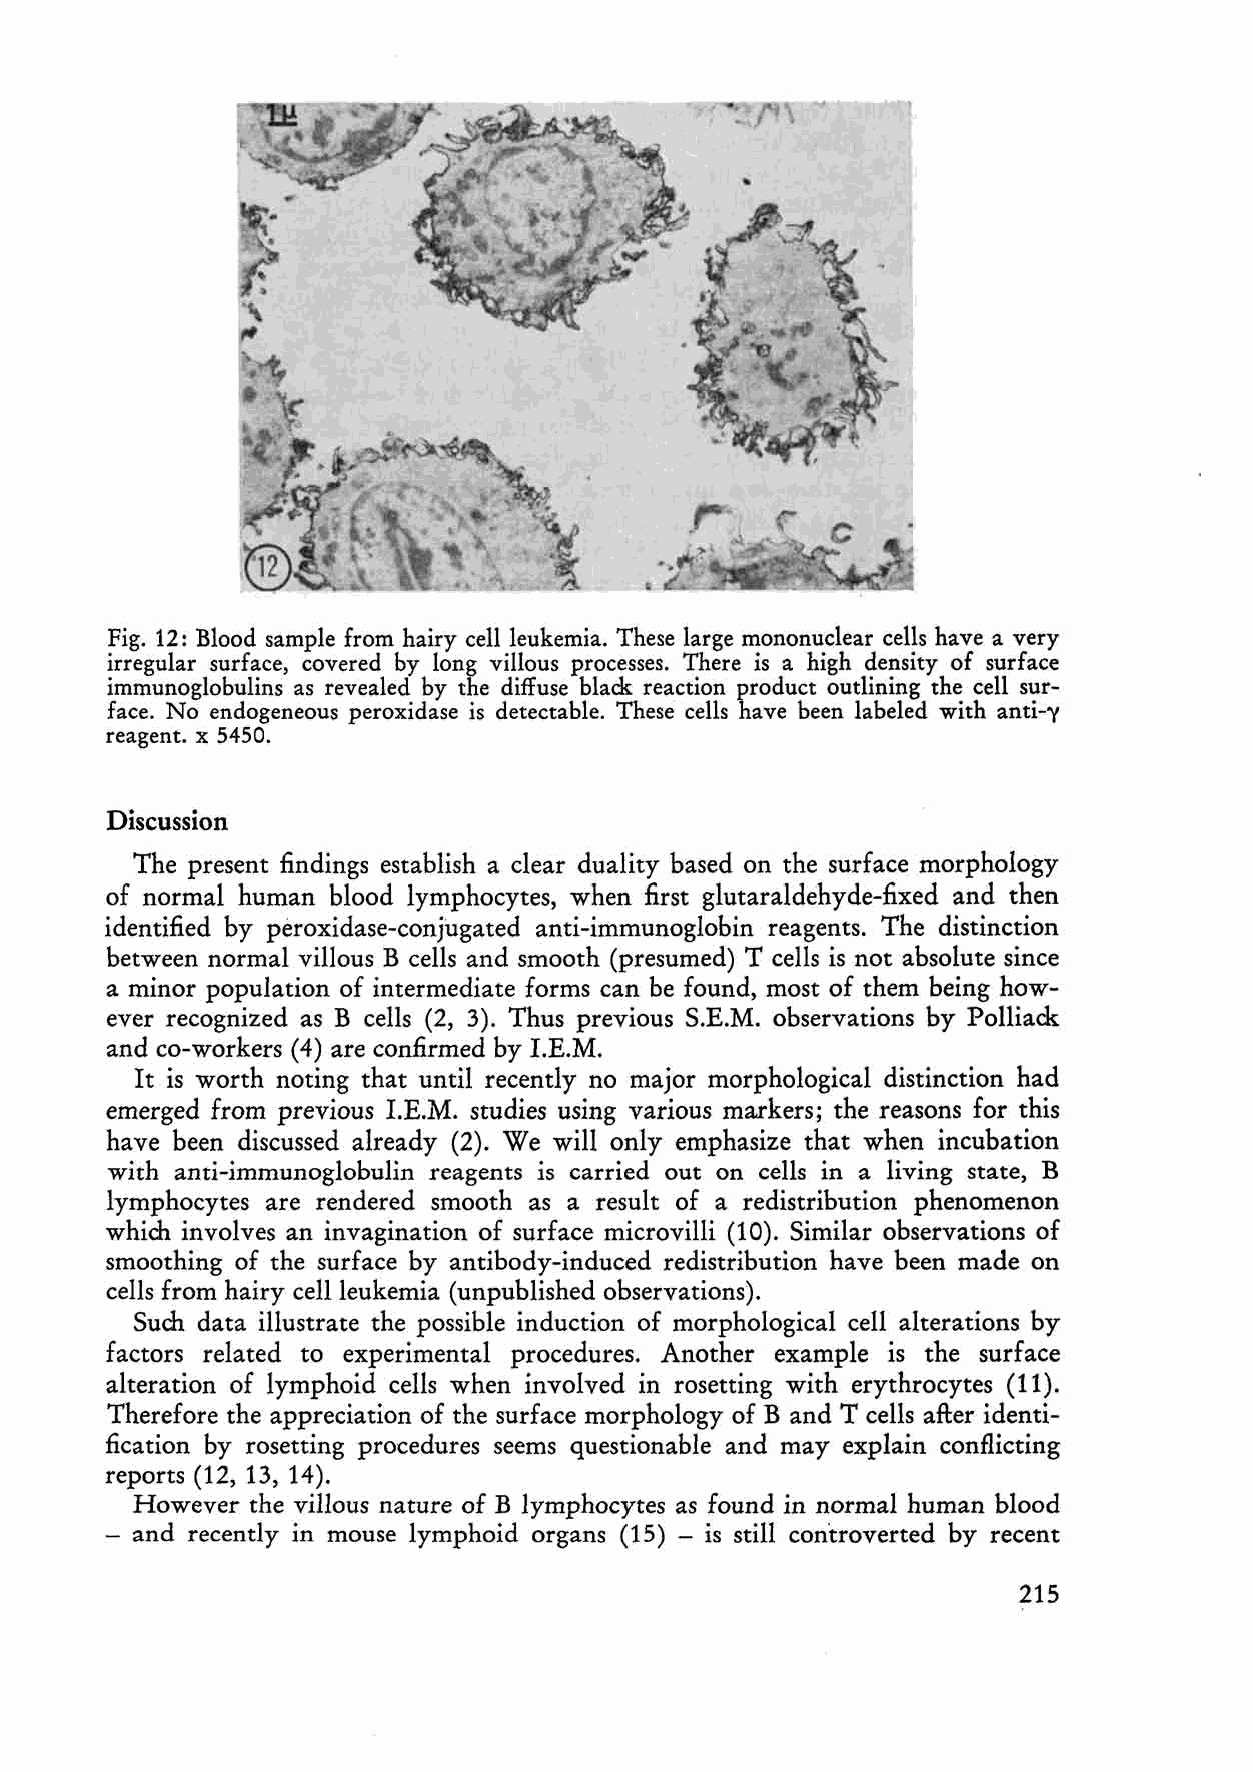
Fig. 12: Blood sampie from hairy cellieukemia. These large mononuc1ear cells have a very
 irregular surface, covered by long villous processes. There is a high density of surface
 immunoglobulins as revealed by the diffuse black reaction product outlining the cell sur
 face. No endogeneous peroxidase is detectable. These cells have been labeled with anti-y
 re agent. x 5450.
 Discussion
 The present findings establish a clear duality based on the surface morphology
 of normal human blood lymphocytes, when first glutaraldehyde-fixed and then
 identified by peroxidase-conjugated anti-immunoglobin reagents. The distinction
 between normal villous B cells and smooth (presumed) T cells is not absolute since
 a minor population of intermediate forms can be found, most of them being how
 ever recognized as B cells (2, 3). Thus previous S.E.M. observations by Polliack
 and co-workers (4) are confirmed by I.E.M.
 It is worth noting that undl recently no major morphological distinction had
 emerged from previous I.E.M. studies using various markers; the reasons for this
 have been discussed already (2). We will only emphasize that when incubation
 with anti-immunoglobulin reagents is carried out on cells in a living state, B
 lymphocytes are rendered smooth as a result of aredistribution phenomenon
 which involves an invagination of surface microvilli (10). Similar observations of
 smoothing of the surface by antibody-induced redistribution have been made on
 cells from hairy ceIlleukemia (unpublished observations).
 Such data illustrate the possible induction of morphological cell alterations by
 factors related to experimental procedures. Another example is the surface
 alteration of lymphoid cells when involved in rosetting with erythrocytes (11).
 Therefore the appreciation of the surface morphology of Band T cells after identi
 fication by rosetting procedures seems questionable and may explain conflicting
 reports (12, 13, 14).
 However the villous nature of B lymphocytes as found in normal human blood
 - and recently in mouse lymphoid organs (15) - is still controverted by recent
 215